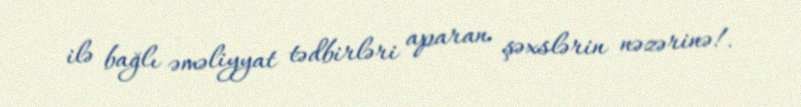
ilə bağlı əməliyyat tədbirləri aparan şəxslərin nəzərinə!.